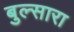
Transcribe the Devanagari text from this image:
बुल्सारा